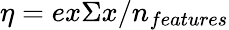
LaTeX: \eta{}=ex\Sigma{}x/n_{features}